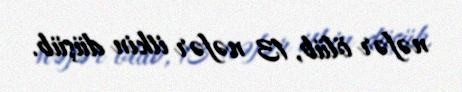
nəfər ölüb, 13 nəfər itkin düşüb.